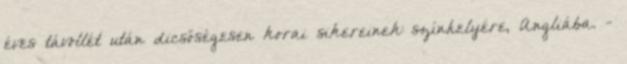
éves távollét után dicsőségesen korai sikereinek színhelyére, Angliába. -